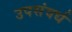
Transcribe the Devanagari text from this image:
उपसंवर्ध